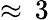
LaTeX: \approx\, 3